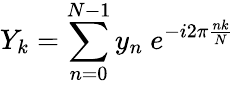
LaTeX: Y_{k}=\sum_{n=0}^{N-1}y_{n}\ e^{-i2\pi{\frac{nk}{N}}}